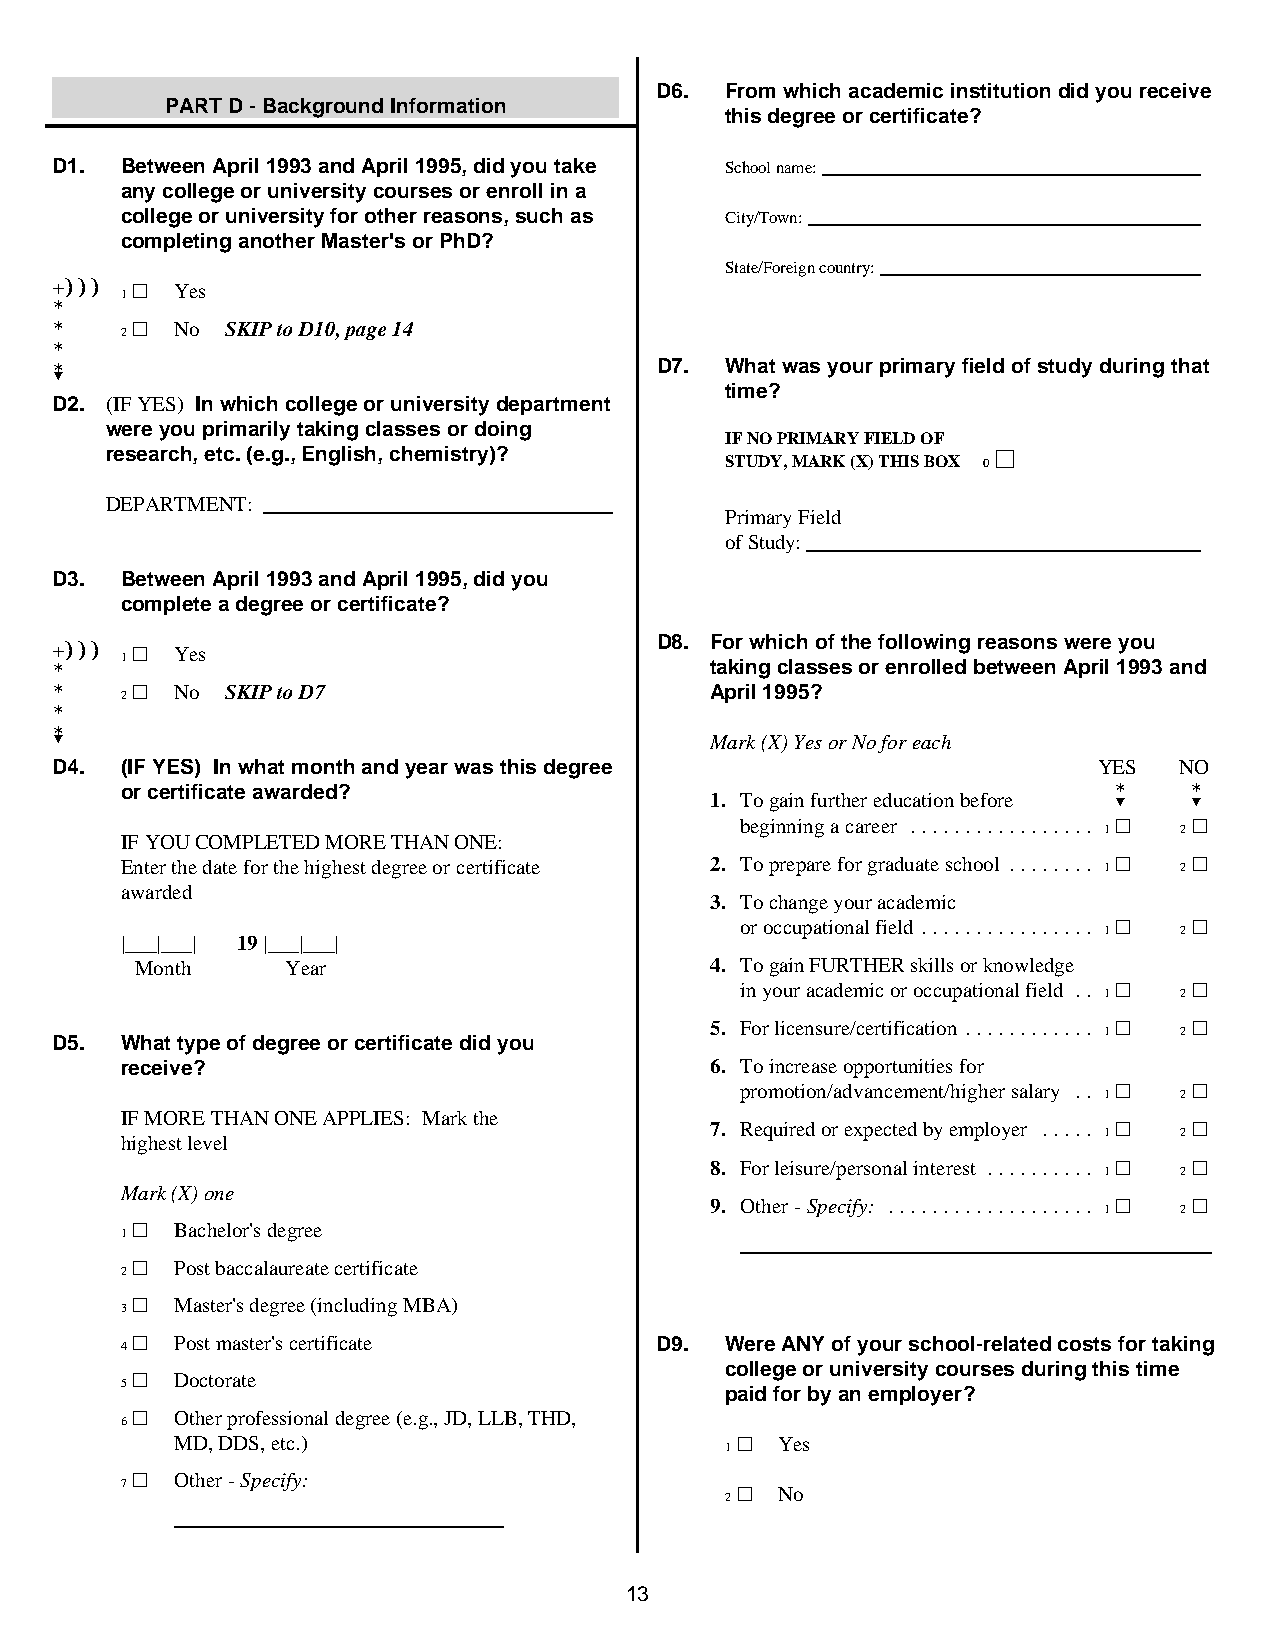
D6.  From which academic institution did you receive
 PART D - Background Information
 this degree or certificate?
 D1.  Between April 1993 and April 1995, did you take School name:
 any college or university courses or enroll in a
 college or university for other reasons, such as City/Town:
 completing another Master's or PhD?
 State/Foreign country:
 +))) 1 ~ Yes
 *
 *    2 ~ No YY SKIP to D10, page 14
 *
 *?                                      D7.  What was your primary field of study during that
 time?
 D2. (IF YES) In which college or university department
 were you primarily taking classes or doing
 IF NO PRIMARY FIELD OF
 research, etc. (e.g., English, chemistry)? STUDY, MARK (X) THIS BOX YY 0 ~
 DEPARTMENT:
 Primary Field
 of Study:
 D3.  Between April 1993 and April 1995, did you
 complete a degree or certificate?
 D8. For which of the following reasons were you
 +))) 1 ~ Yes
 *                                           taking classes or enrolled between April 1993 and
 *    2 ~ No YY SKIP to D7                   April 1995?
 *
 *?
 Mark (X) Yes or No for each
 D4.  (IF YES) In what month and year was this degree                  YES  NO
 or certificate awarded?                                           *    *
 1. To gain further education before ? ?
 beginning a career ................. 1 ~ 2 ~
 IF YOU COMPLETED MORE THAN ONE:
 Enter the date for the highest degree or certificate 2. To prepare for graduate school ........ 1 ~ 2 ~
 awarded
 3. To change your academic
 or occupational field ................ 1 ~ 2 ~
 |___|___| 19 |___|___|
 Month     Year                        4. To gain FURTHER skills or knowledge
 in your academic or occupational field .. 1 ~ 2 ~
 5. For licensure/certification ............ 1 ~ 2 ~
 D5.  What type of degree or certificate did you
 receive?                               6. To increase opportunities for
 promotion/advancement/higher salary .. 1 ~ 2 ~
 IF MORE THAN ONE APPLIES: Mark the
 7. Required or expected by employer ..... 1 ~ 2 ~
 highest level
 8. For leisure/personal interest .......... 1 ~ 2 ~
 Mark (X) one
 9. Other - Specify: ................... 1 ~ 2 ~
 1 ~ Bachelor's degree
 2 ~ Post baccalaureate certificate
 3 ~ Master's degree (including MBA)
 4 ~ Post master's certificate      D9.  Were ANY of your school-related costs for taking
 college or university courses during this time
 5 ~ Doctorate
 paid for by an employer?
 6 ~ Other professional degree (e.g., JD, LLB, THD,
 MD, DDS, etc.)                      1 ~ Yes
 7 ~ Other - Specify:
 2 ~ No
 13